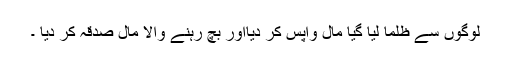
لوگوں سے ظلماً لیا گیا مال واپس کر دیااور بچ رہنے والا مال صدقہ کر دیا ۔